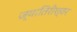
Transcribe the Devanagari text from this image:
ज्यातिरीश्वर